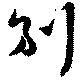
別